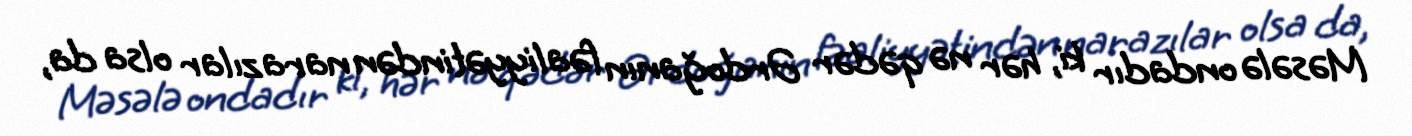
Məsələ ondadır ki, hər nə qədər Ərdoğanın fəaliyyətindən narazılar olsa da,